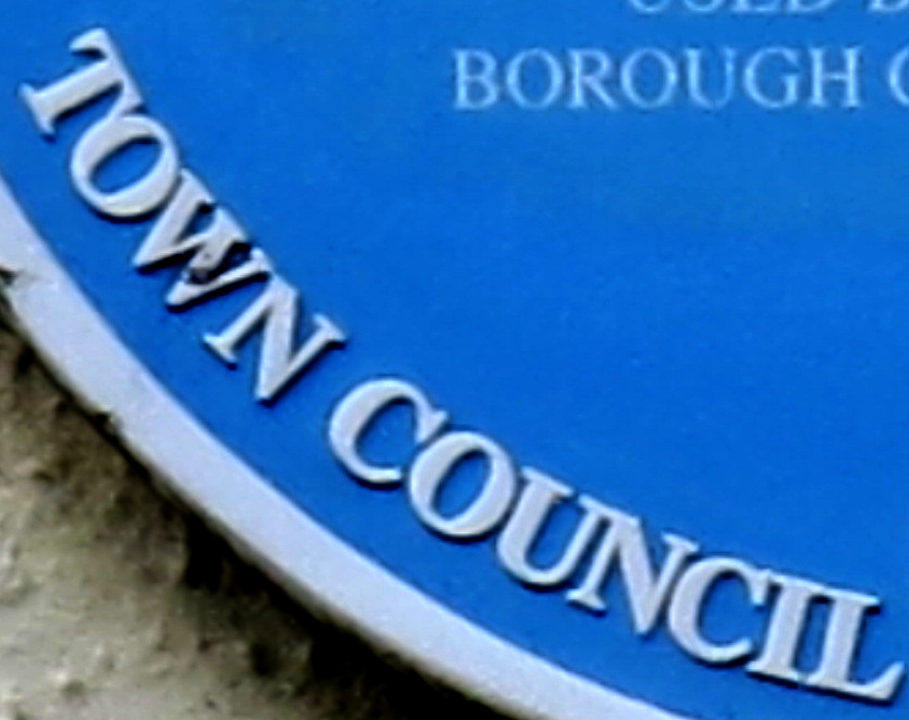
TOWN COUNCIL